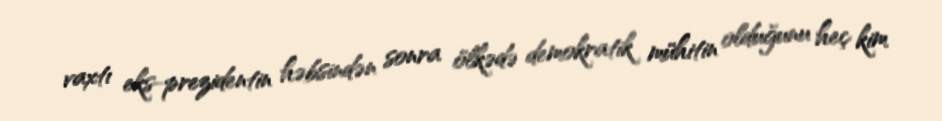
vaxtı eks-prezidentin həbsindən sonra ölkədə demokratik mühitin olduğunu heç kim